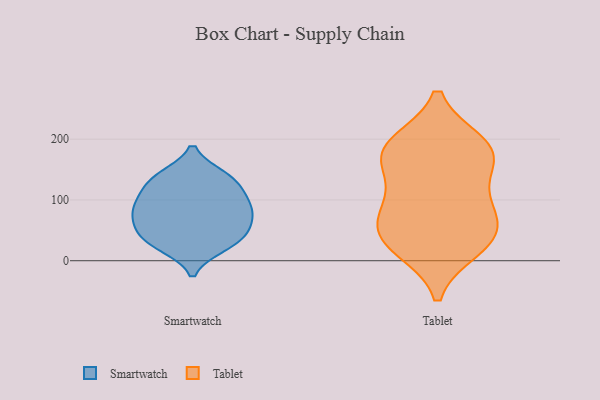
{"axis": {"x": "Website Visitors", "y": "Value"}, "legend": ["Smartwatch", "Tablet"], "data": [{"x": "", "y": 51, "type": "Smartwatch"}, {"x": "", "y": 139, "type": "Smartwatch"}, {"x": "", "y": 51, "type": "Smartwatch"}, {"x": "", "y": 46, "type": "Smartwatch"}, {"x": "", "y": 119, "type": "Smartwatch"}, {"x": "", "y": 85, "type": "Smartwatch"}, {"x": "", "y": 86, "type": "Smartwatch"}, {"x": "", "y": 114, "type": "Smartwatch"}, {"x": "", "y": 64, "type": "Smartwatch"}, {"x": "", "y": 103, "type": "Smartwatch"}, {"x": "", "y": 140, "type": "Smartwatch"}, {"x": "", "y": 27, "type": "Smartwatch"}, {"x": "", "y": 82, "type": "Smartwatch"}, {"x": "", "y": 82, "type": "Smartwatch"}, {"x": "", "y": 23, "type": "Smartwatch"}, {"x": "", "y": 139, "type": "Smartwatch"}, {"x": "", "y": 26, "type": "Smartwatch"}, {"x": "", "y": 167, "type": "Tablet"}, {"x": "", "y": 172, "type": "Tablet"}, {"x": "", "y": 40, "type": "Tablet"}, {"x": "", "y": 31, "type": "Tablet"}, {"x": "", "y": 75, "type": "Tablet"}, {"x": "", "y": 172, "type": "Tablet"}, {"x": "", "y": 44, "type": "Tablet"}, {"x": "", "y": 192, "type": "Tablet"}, {"x": "", "y": 192, "type": "Tablet"}, {"x": "", "y": 21, "type": "Tablet"}, {"x": "", "y": 96, "type": "Tablet"}, {"x": "", "y": 100, "type": "Tablet"}]}